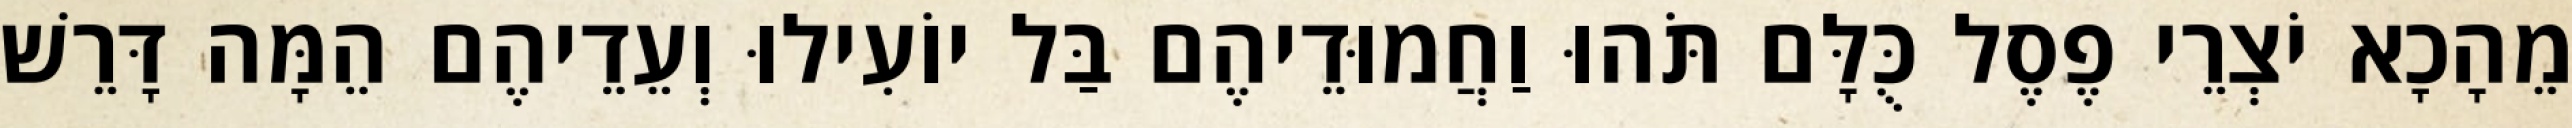
מֵהָכָא יֹצְרֵי פֶסֶל כֻּלָּם תֹּהוּ וַחֲמוּדֵיהֶם בַּל יוֹעִילוּ וְעֵדֵיהֶם הֵמָּה דָּרֵשׁ